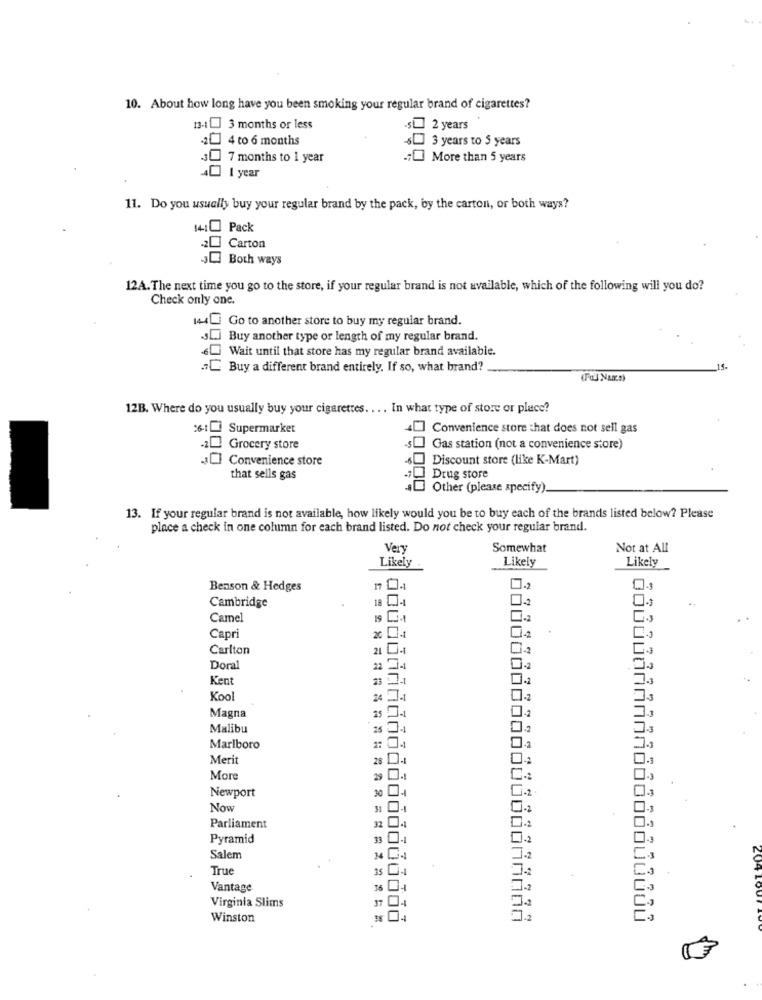
10. About how long have you been smoking your regular brand of cigarettes?
13-1 [] 3 months or less
s 2 years
-20 4 to 6 months
[] 3 years to 5 years
30 7 months to 1 year
More than 5 years
40 1 year
11. Do you usually buy your regular brand by the pack, by the carton, or both ways?
1410 Pack
20 Carton
Both ways
12A. The next time you go to the store, if your regular brand is not available, which of the following will you do?
Check only one.
1440 Go to another store to buy my regular brand.
JLJ Buy another type or length of my regular brand.
60 Wait until that store has my regular brand available.
C Buy a different brand entirely. If so, what brand?
(Ful Nur:)
12B. Where do you usually buy your cigarettes .... In what type of store or place?
:6.1 Supermarket
Convenience store that does not sell gas
-20 Grocery store
-s] Gas station (not a convenience store)
[] Convenience store
- Discount store (like K-Mart)
that sells gas
; Drug store
... Other (please specify).
13. If your regular brand is not available, how likely would you be to buy each of the brands listed below? Please
place a check in one column for each brand listed. Do not check your regular brand.
Very
Somewhat
Not at All
Likely
Likely
Likely
.......
Benson & Hedges
Cambridge
O.
Camel
19
Capri
20 -t
Carlton
Doral
22 141
Kent
04
Kool
Magna
25 -1
Malibu
Marlboro
Merit
04
More
> 0.
Newport
30
Now
31
Parliament
32
Pyramid
33
Salem
True
is .
Vantage
Virginia Slims
37
Winston